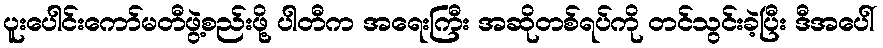
ပူးပေါင်းကော်မတီဖွဲ့စည်းဖို့ ပါတီက အရေးကြီး အဆိုတစ်ရပ်ကို တင်သွင်းခဲ့ပြီး ဒီအပေါ်